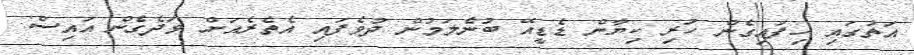
އަތުގައި ހިފައިގެން ހުރި ކިޔާން ޑެޑީއޭ ބުނެލަމުން ދުވެފައި އެތެރެއަށް ވަދެގެން އައިސް